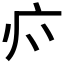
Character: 𭙑